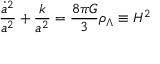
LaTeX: \frac { \dot { a } ^ { 2 } } { a ^ { 2 } } + \frac { k } { a ^ { 2 } } = \frac { 8 \pi G } { 3 } \rho _ { \Lambda } \equiv H ^ { 2 }